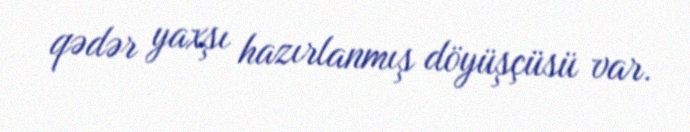
qədər yaxşı hazırlanmış döyüşçüsü var.